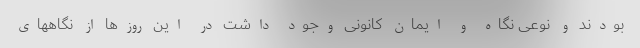
بودند و نوعی نگاه و ایمان کانونی وجود داشت در این روزها از نگاههای